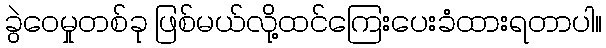
ခွဲဝေမှုတစ်ခု ဖြစ်မယ်လို့ထင်ကြေးပေးခံထားရတာပါ။